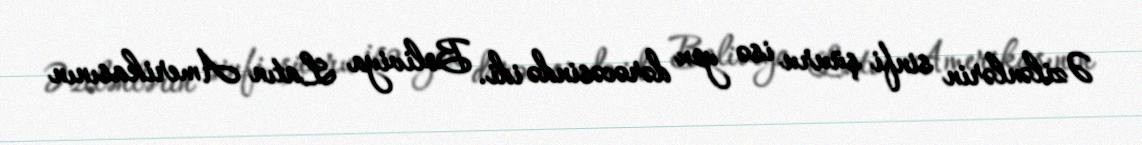
Əzilənlərin sinfi şüuru isə yox dərəcəsində idi. Boliviya Latın Amerikasının